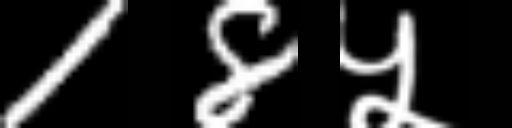
Text: 18५